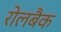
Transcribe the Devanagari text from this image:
रोलबैक